Civil Veterinary Department Bihar & Orissa reports 1929-36 - 1929-1936
Year: 1929
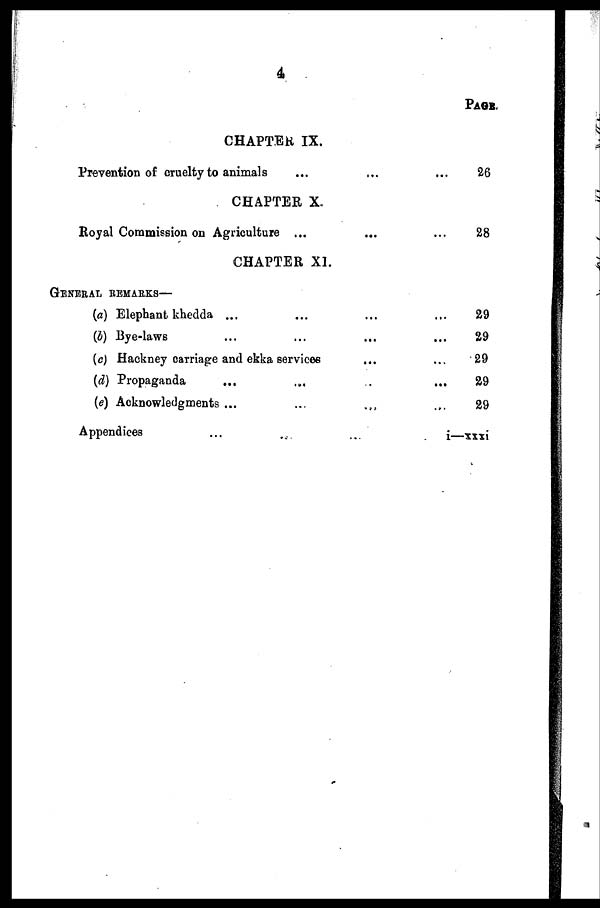
4
CHAPTER IX.
Prevention of cruelty to animals ... .... ... ...
CHAPTER X.
Royal Commission on Agriculture ... .. ...
CHAPTER XI.
GENERAL REMARKS—
(a) Elephant khedda ... .... ... ...
(b) Bye-laws ... .... ... ...
(c) Hackney carriage and ekka services ......
(d) Propaganda ... .... ... ...
(e) Acknowledgments ... ... .... ... ...
Appendices ... .... ... ...
Page.
26
28
29
29
29
29
29
i—xxxi